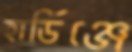
হার্ডিঞ্জে